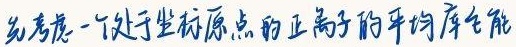
先考虑一个处于坐标原点的正离子的平均库仑能